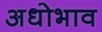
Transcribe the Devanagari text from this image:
अधोभाव